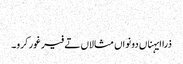
‏
ذرا ایہناں دونواں مثالاں تے فیر غور کرو۔